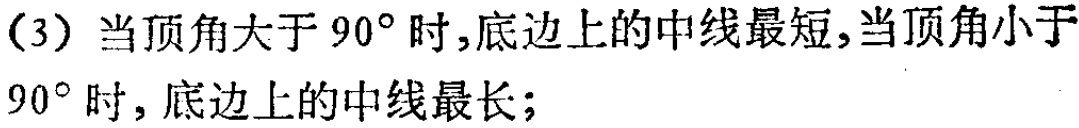
(3) 当顶角大于 \(90^{\circ}\) 时,底边上的中线最短,当顶角小于 \(90^{\circ}\) 时, 底边上的中线最长;